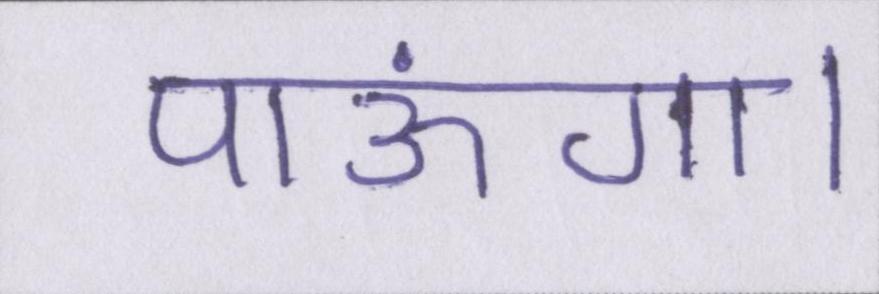
पाऊंगा।